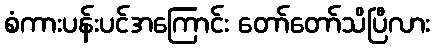
စံကားပန်းပင်အကြောင်း တော်တော်သိပြီလား